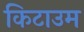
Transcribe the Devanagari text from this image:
किटाउम